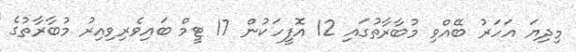
މިދިޔަ އަހަރު ބޭއްވި މުބާރާތުގައި 12 އޮފީހަކުން 17 ޓީމް ބައިވެރިވިއިރު މުބާރާތުގެ